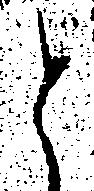
と